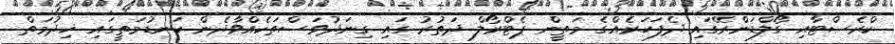
ކްރެސްޓާއި ގޯލްޑަންރޭގައި ދެފަހަރެއްގެ މަތީން ޕެޓްރޯލް ދަތުރު ގައި ގިނަދުވަސްތަކެއްވާދެން ކަނޑުމަތީގައި ޚިދުމަތް